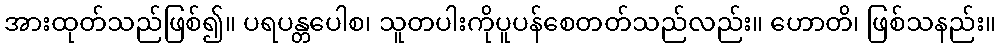
အားထုတ်သည်ဖြစ်၍။ ပရပန္တပေါစ၊ သူတပါးကိုပူပန်စေတတ်သည်လည်း။ ဟောတိ၊ ဖြစ်သနည်း။